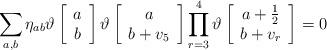
LaTeX: \begin{align*} \sum_{a,b}\eta_{ab}\vartheta \left[ \begin{array}{c} a \\ b \end{array}\right ]\vartheta \left[\begin{array}{c} a \\ b+v_5 \end{array}\right] \prod_{r=3}^{4}\vartheta \left[ \begin{array}{c} a+ \frac{1}{2} \\ b+v_r \end{array}\right] = 0\end{align*}